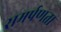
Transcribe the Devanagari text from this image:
समर्पणता